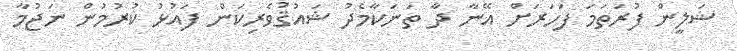
ޝަލީން ފުރަތަމަ ފަހަރަށް އޭނާ ދާ ތަނަކާމެދު ޝައުޤުވެރިކަން ފައުޅު ކުރުމުން ނަޖުމާ